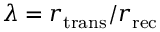
\lambda = r _ { \mathrm { t r a n s } } / r _ { \mathrm { r e c } }